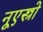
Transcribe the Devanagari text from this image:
नूएस्त्रो